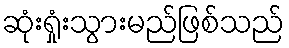
ဆုံးရှုံးသွားမည်ဖြစ်သည်